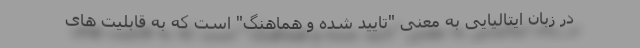
در زبان ایتالیایی به معنی "تایید شده و هماهنگ" است که به قابلیت های